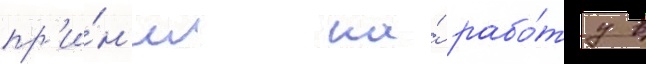
пр'и́н'ял на́ рабо́ту в